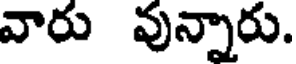
వారు వున్నారు.